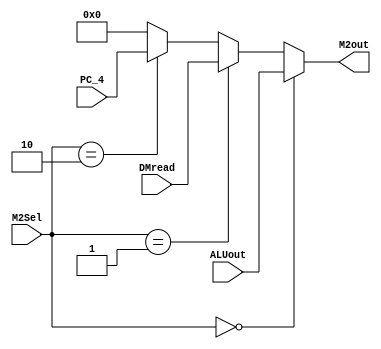
`timescale 1ns / 1ps
//////////////////////////////////////////////////////////////////////////////////
// Company: 
// Engineer: 
// 
// Design Name: 
// Module Name:    MUX2 
// Project Name: 
// Target Devices: 
// Tool versions: 
// Description: 
//
// Dependencies: 
//
// Revision: 
// Revision 0.01 - File Created
// Additional Comments: 
//
//////////////////////////////////////////////////////////////////////////////////
module MUX2(
    input [31:0] ALUout,
    input [31:0] DMread,
    input [31:0] PC_4,
    input [1:0] M2Sel,
    output [31:0] M2out
    );
	 
	 assign M2out = (M2Sel==2'b00)? ALUout : 
	                (M2Sel==2'b01)? DMread :
						 (M2Sel==2'b10)? PC_4   :
						                        32'b0;

endmodule